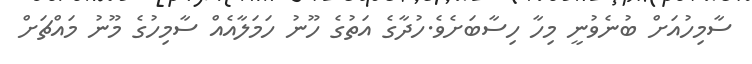
ސާމިހުއަށް ބުނެވުނީ މިހާ ހިސާބަށެވެ.ހުދާގެ އަތުގެ ހޫނު ހަމަލާއެއް ސާމިހުގެ މޫނު މައްޗަށް